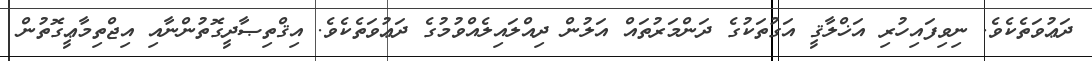
ދަޢުވަތެކެވެ. ނިވިފައިހުރި އަޚްލާޤީ އަގުތަކުގެ ދަންމަރުތައް އަލުން ދިއްލައިލެއްވުމުގެ ދަޢުވަތެކެވެ. އިޤްތިޞާދީގޮތުންނާއި އިޖްތިމާޢީގޮތުން